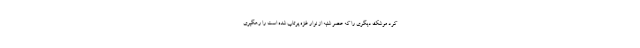
کرد موشک دیگری را که عصر شنبه از نوار غزه پرتاب شده است را رهگیری